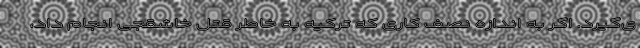
ی‌گیرد. اگر به اندازه نصف کاری که ترکیه به خاطر قتل خاشقجی انجام داد،